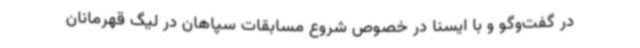
در گفت‌وگو و با ایسنا در خصوص شروع مسابقات سپاهان در لیگ قهرمانان